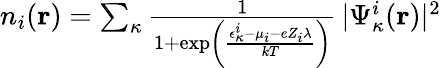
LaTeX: \begin{array}{r}{n_{i}(\mathbf{r})=\sum_{\kappa}\frac{1}{1+\exp\left(\frac{\epsilon_{\kappa}^{i}-\mu_{i}-eZ_{i}\lambda}{kT}\right)}\, |\Psi_{\kappa}^{i}(\mathbf{r})|^{2}}\end{array}